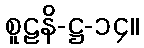
စူဠနိ-ဋ္ဌ-၁၄။